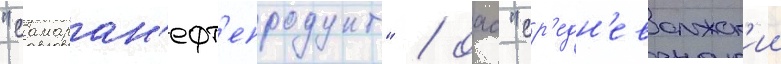
"самаран'ефт'епродукт" / оао "ср'едн'еволжск'ии